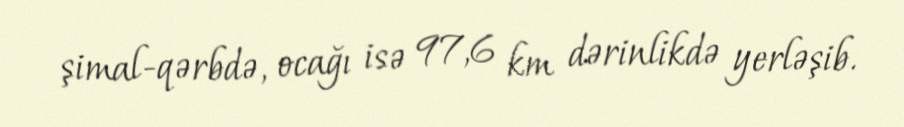
şimal-qərbdə, ocağı isə 97,6 km dərinlikdə yerləşib.